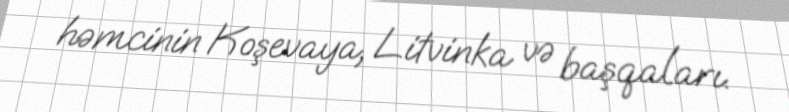
həmcinin Koşevaya, Litvinka və başqaları.